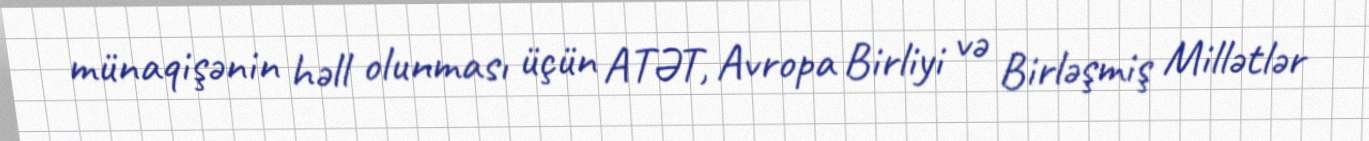
münaqişənin həll olunması üçün ATƏT, Avropa Birliyi və Birləşmiş Millətlər